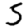
Digit: 5